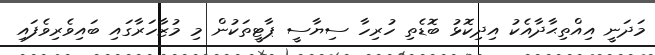
މަދަނީ އިއްތިޙާދާއެކު އިދިކޮޅު ބޮޑެތި ހުރިހާ ސިޔާސީ ޕާޓީތަކުން މި މުޒާހަރާގައި ބައިވެރިވެފައި